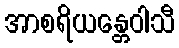
အာစရိယန္တေဝါသီ